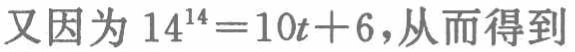
又因为 \(14^{14}=10t + 6\)，从而得到